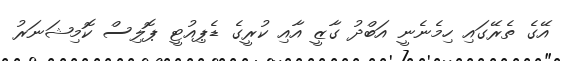
އޭގެ ތެރޭގައި ހިމެނެނީ އަބްދު ގާޒީ އާއި ކުރީގެ ޑެޕިއުޓީ ޕޮލިސް ކޮމިޝަނަރު